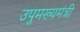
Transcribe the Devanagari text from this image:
उपुमख्यमंत्री